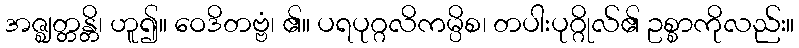
အဇ္ဈတ္တန္တိ၊ ဟူ၍။ ဝေဒိတဗ္ဗံ၊ ၏။ ပရပုဂ္ဂလိကမ္ပိစ၊ တပါးပုဂ္ဂိုလ်၏ ဥစ္စာကိုလည်း။